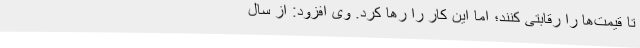
تا قیمت‌ها را رقابتی کنند؛ اما این کار را رها کرد. وی افزود: از سال